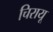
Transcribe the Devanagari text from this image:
चिरायू